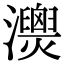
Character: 𤄚